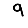
Digit: 9